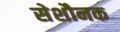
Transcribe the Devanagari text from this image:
सेशौनक